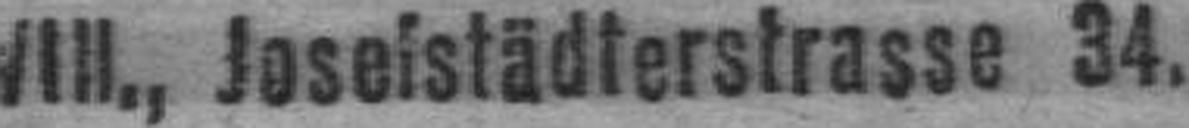
###ll., Joselstädterstrasse 34.